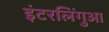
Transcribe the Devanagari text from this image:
इंटरलिंगुआ